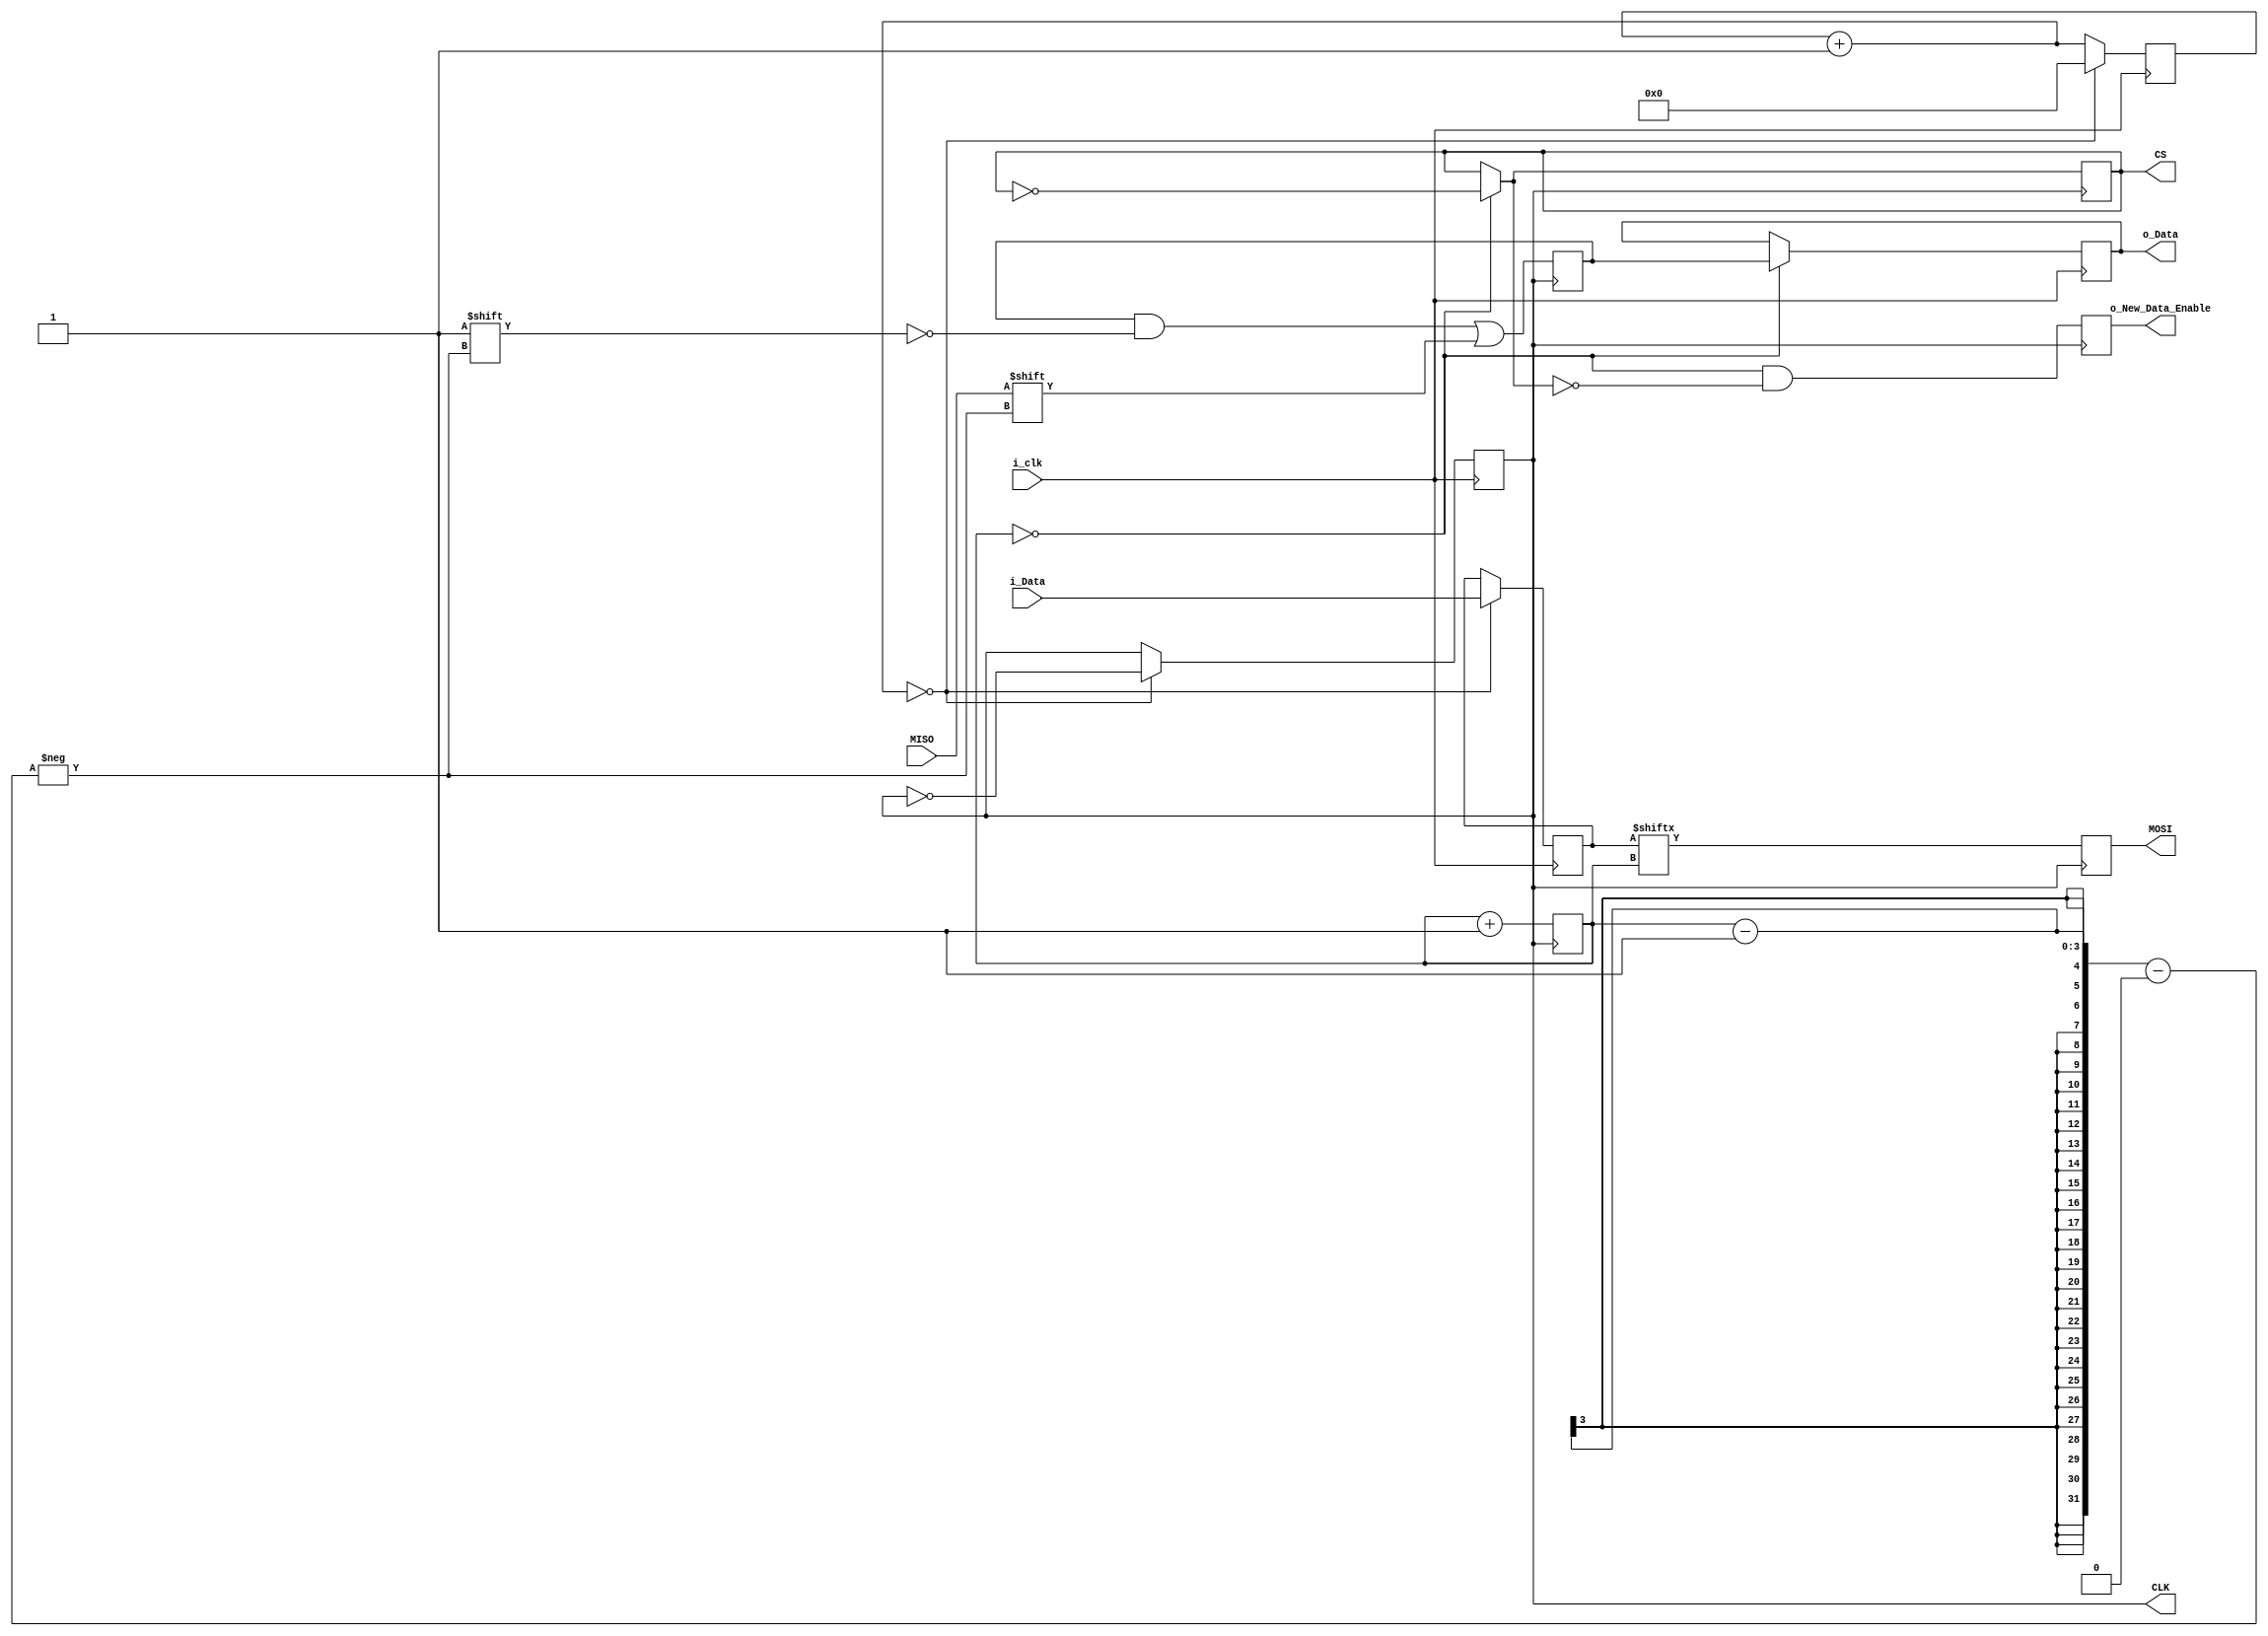
`timescale 1ns / 1ps
//////////////////////////////////////////////////////////////////////////////////
// Company: 
// Engineer: 
// 
// Design Name: 
// Module Name:    SPI 
// Project Name: 
// Target Devices: 
// Tool versions: 
// Description: 
//
// Dependencies: 
//
// Revision: 
// Revision 0.01 - File Created
// Additional Comments: 
//
//////////////////////////////////////////////////////////////////////////////////
module SPI(
	input i_clk,
	input[7:0] i_Data,
	output reg[7:0] o_Data,
	output reg o_New_Data_Enable,
	
	// SPI Interface
	output reg CLK,
	input MISO,
	output reg MOSI,
	output reg CS				// Signal is inverted -> /CS
    );
	
	reg[7:0] r_MasterData = 'b0;
	
	reg[7:0] r_SlaveData = 'b0;
	reg[2:0] r_Index = 'b0;			// Show recieve / transmit data 
	reg[10:0] r_Delay = 'b0;
	
	
	always @(posedge i_clk)
		begin
			r_Delay = r_Delay + 1;
			
			if (r_Delay == 'b0)
				begin
					CLK = !CLK;
					r_Delay = 'b0;
					r_MasterData = i_Data;
				end
		end
		
	always @(posedge i_clk)
		begin
			o_Data <= r_Index == 'b0 ? r_SlaveData : o_Data;
		end
		
		
	always @(posedge CLK)
		begin
			CS = r_Index == 0 ? ~CS : CS;
			o_New_Data_Enable = r_Index == 'b0 && !CS;
		
			MOSI <= r_MasterData[r_Index];
			r_Index = r_Index + 1;
		end
		
	always @(negedge CLK)
	 begin
		r_SlaveData[r_Index - 1] <= MISO;
	 end
		
endmodule